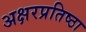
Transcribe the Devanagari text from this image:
अक्षरप्रतिष्ठा